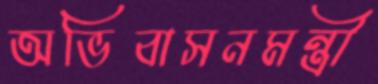
অভিবাসনমন্ত্রী